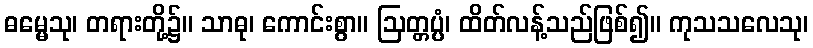
ဓမ္မေသု၊ တရားတို့၌။ သာဓု၊ ကောင်းစွာ။ ဩတ္တပ္ပံ၊ ထိတ်လန့်သည်ဖြစ်၍။ ကုသသလေသု၊